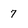
Character: 7